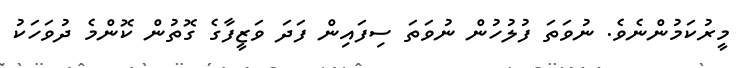
މީރުކަމުންނެވެ. ނުވަތަ ފުލުހުން ނުވަތަ ސިފައިން ފަދަ ވަޒީފާގެ ގޮތުން ކޮންމެ ދުވަހަކު